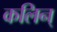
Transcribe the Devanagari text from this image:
कलिन्